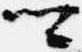
卿